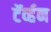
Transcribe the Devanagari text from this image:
टॅर्व्हन